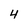
Character: 4